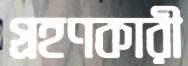
গ্রহণকারী